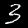
Digit: 3